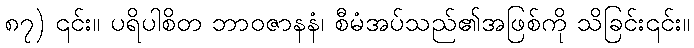
၈၇) ၎င်း။ ပရိပါစိတ ဘာဝဇာနနံ၊ စီမံအပ်သည်၏အဖြစ်ကို သိခြင်း၎င်း။